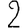
Digit: 2